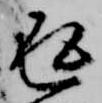
返